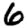
Digit: 6